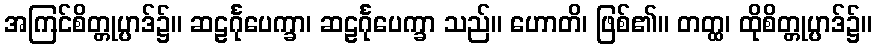
အကြင်စိတ္တုပ္ပာဒ်၌။ ဆဠင်္ဂုပေက္ခာ၊ ဆဠင်္ဂုပေက္ခာ သည်။ ဟောတိ၊ ဖြစ်၏။ တတ္ထ၊ ထိုစိတ္တုပ္ပာဒ်၌။